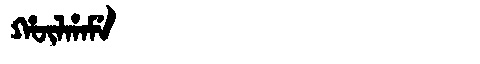
Manchu: ᡥᡡᠯᡥᠠᠮᡝ
Romanization: HŪLHAME